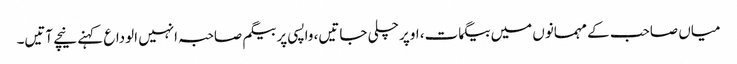
میاں صاحب کے مہمانوں میں بیگمات، اوپر چلی جاتیں، واپسی پر بیگم صاحبہ انہیں الوداع کہنے نیچے آتیں۔